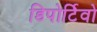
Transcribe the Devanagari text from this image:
डिपोर्टिवो